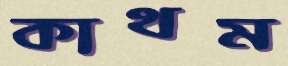
কাথম